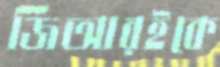
জিআরইকে